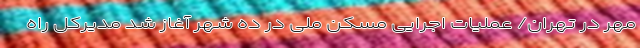
مهر در تهران/ عملیات اجرایی مسکن ملی در ده شهر آغاز شد مدیرکل راه